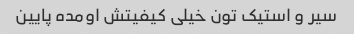
سیر و استیک تون خیلی کیفیتش اومده پایین